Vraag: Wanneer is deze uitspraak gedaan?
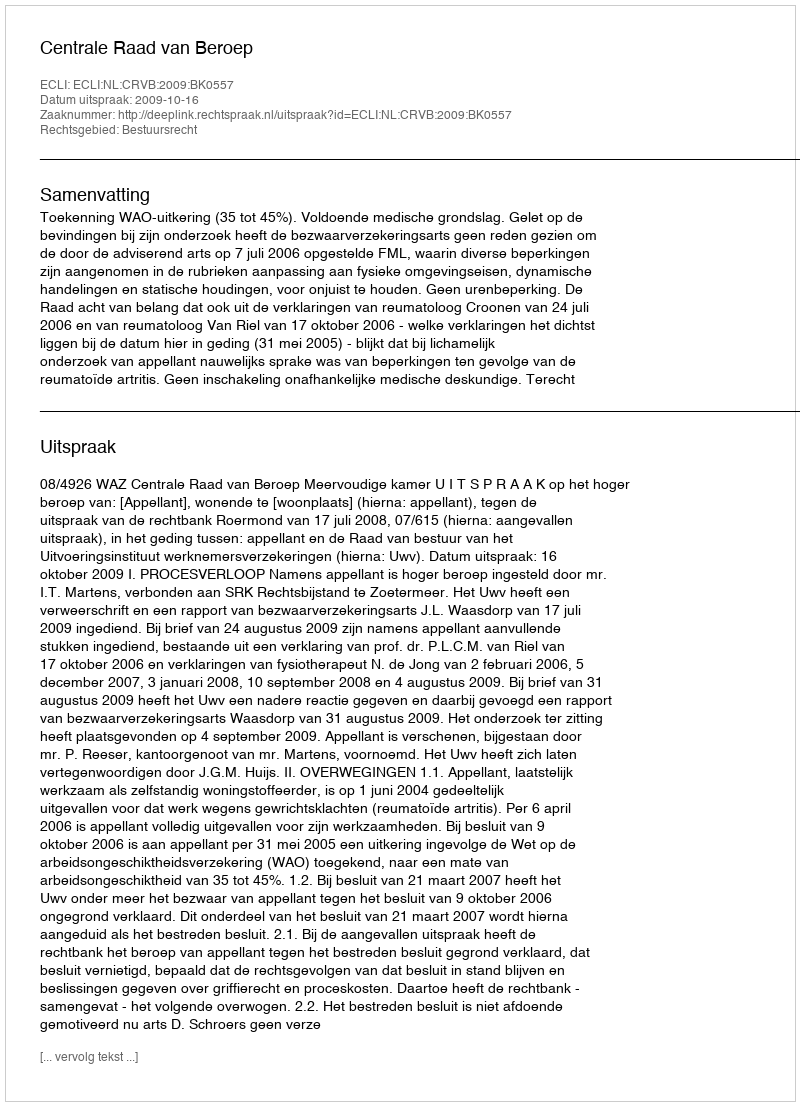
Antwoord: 2009-10-16